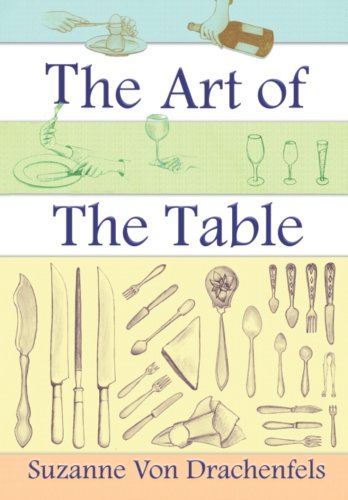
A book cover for The Art of the Table; Suzanne von Drachenfels; Cookbooks, Food & Wine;